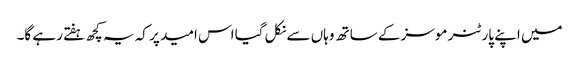
میں اپنے پارٹنر موسز کے ساتھ وہاں سے نکل گیا اس امید پر کہ یہ کچھ ہفتے رہے گا۔